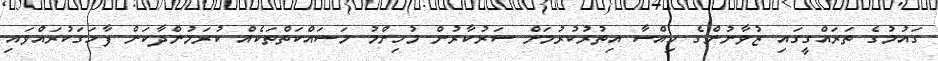
ގައުމުގެ ތަރައްގީގައި ޒުވާނުންގެ ހިއްސާ އިތުރުކުރުމަށް ސަރުކާރުން މުހިންމު މަސައްކަތްތަކެއް ކުރަމުންދާކަން ފާހަގަކުރައްވައި